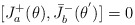
\begin{align*}[J^{+}_{a}(\theta),{\bar{J}}^{-}_{b}({\theta}^{'})]=0\end{align*}